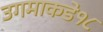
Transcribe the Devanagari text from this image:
उगमाकडे१८